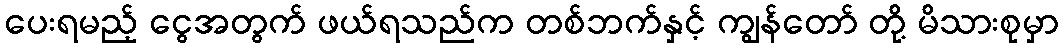
ပေးရမည့် ငွေအတွက် ဖယ်ရသည်က တစ်ဘက်နှင့် ကျွန်တော် တို့ မိသားစုမှာ